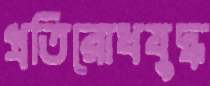
প্রতিরোধযুদ্ধ